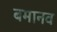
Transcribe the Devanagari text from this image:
बमानव